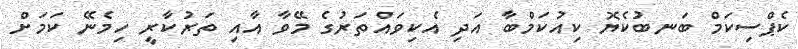
ކެޕްސިކަމް ބަނބުކެޔޮ ކިއުކަމްބާ އަދި އެކިވައްތަރުގެ މޭވާ އާއި ތަރުކާރީ ހިމެނޭ ކަމަށް